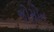
જોસોન